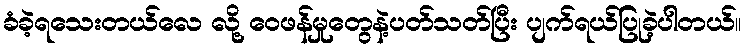
ခံခဲ့ရသေးတယ်လေ လို့ ဝေဖန်မှုတွေနဲ့ပတ်သတ်ပြီး ပျက်ရယ်ပြုခဲ့ပါတယ်။